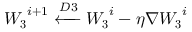
\boldsymbol { W _ { 3 } } ^ { i + 1 } \xleftarrow { D 3 } \boldsymbol { W _ { 3 } } ^ { i } - \eta \nabla \boldsymbol { W _ { 3 } } ^ { i }